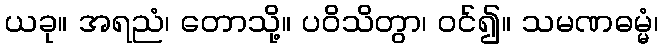
ယခု။ အရညံ၊ တောသို့။ ပဝိသိတွာ၊ ဝင်၍။ သမဏဓမ္မံ၊